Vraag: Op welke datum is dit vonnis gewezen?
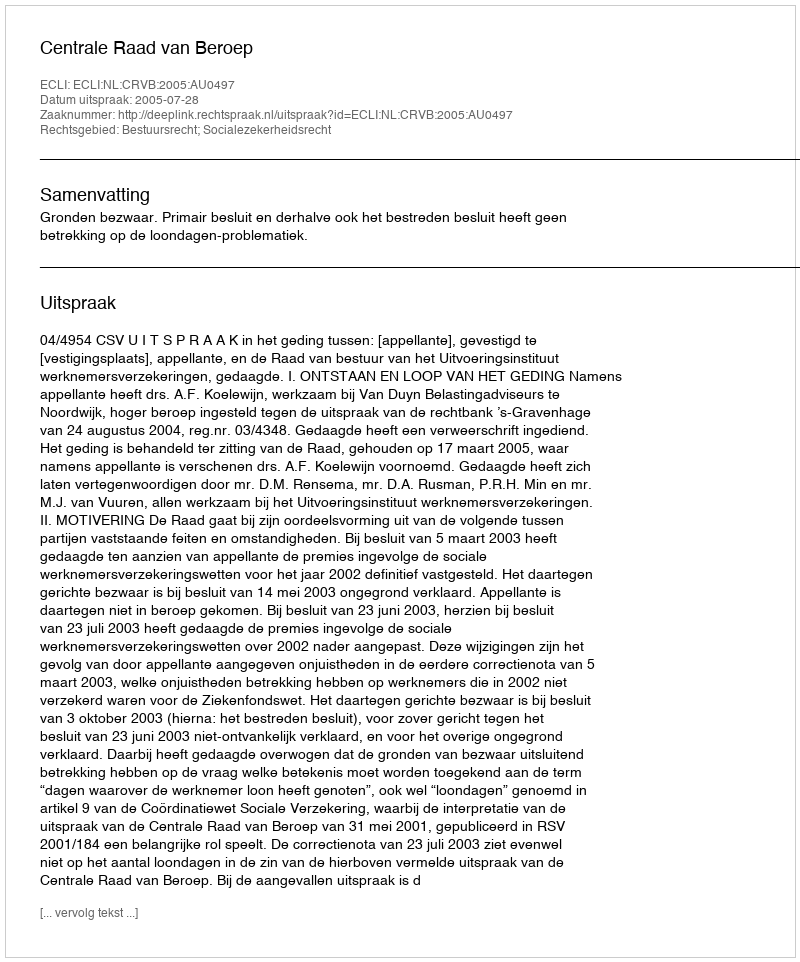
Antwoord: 2005-07-28